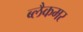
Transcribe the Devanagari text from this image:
ब्लैकमर